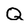
Character: Q